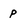
Character: P